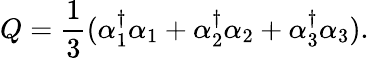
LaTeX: Q=\frac{1}{3}(\alpha_{1}^{\dagger}\alpha_{1}+\alpha_{2}^{\dagger}\alpha_{2}+\alpha_{3}^{\dagger}\alpha_{3}).